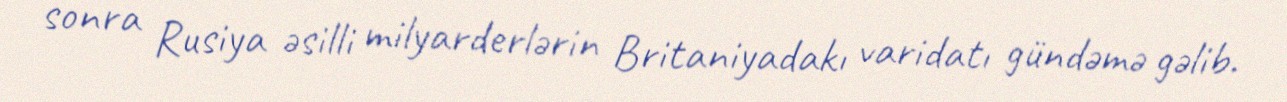
sonra Rusiya əsilli milyarderlərin Britaniyadakı varidatı gündəmə gəlib.